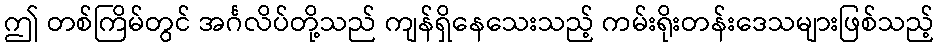
ဤ တစ်ကြိမ်တွင် အင်္ဂလိပ်တို့သည် ကျန်ရှိနေသေးသည့် ကမ်းရိုးတန်းဒေသများဖြစ်သည့်